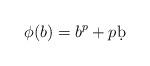
LaTeX: \begin{align*} \phi(b)=b^p+p\d b\end{align*}